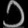
Digit: ၁